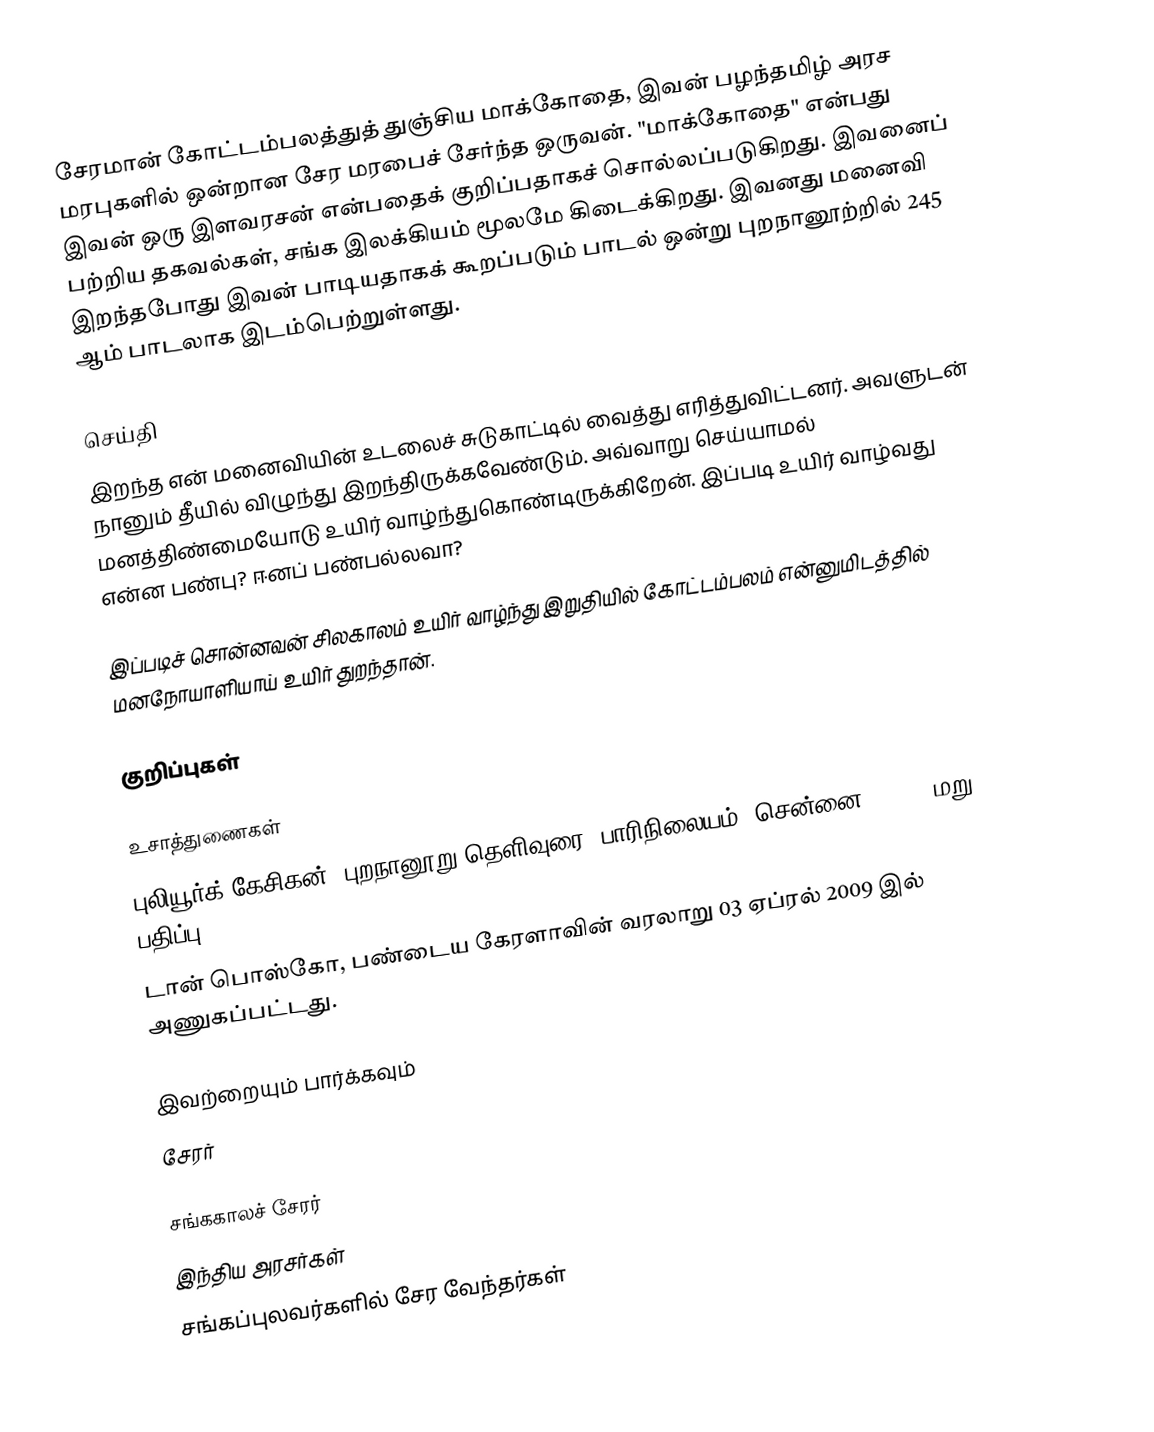
சேரமான் கோட்டம்பலத்துத் துஞ்சிய மாக்கோதை, இவன் பழந்தமிழ் அரச மரபுகளில் ஒன்றான சேர மரபைச் சேர்ந்த ஒருவன். "மாக்கோதை" என்பது இவன் ஒரு இளவரசன் என்பதைக் குறிப்பதாகச் சொல்லப்படுகிறது. இவனைப் பற்றிய தகவல்கள், சங்க இலக்கியம் மூலமே கிடைக்கிறது. இவனது மனைவி இறந்தபோது இவன் பாடியதாகக் கூறப்படும் பாடல் ஒன்று புறநானூற்றில் 245 ஆம் பாடலாக இடம்பெற்றுள்ளது.

செய்தி
இறந்த என் மனைவியின் உடலைச் சுடுகாட்டில் வைத்து எரித்துவிட்டனர். அவளுடன் நானும் தீயில் விழுந்து இறந்திருக்கவேண்டும். அவ்வாறு செய்யாமல் மனத்திண்மையோடு உயிர் வாழ்ந்துகொண்டிருக்கிறேன். இப்படி உயிர் வாழ்வது என்ன பண்பு? ஈனப் பண்பல்லவா?

இப்படிச் சொன்னவன் சிலகாலம் உயிர் வாழ்ந்து இறுதியில் கோட்டம்பலம் என்னுமிடத்தில் மனநோயாளியாய் உயிர் துறந்தான்.

குறிப்புகள்

உசாத்துணைகள்
 புலியூர்க் கேசிகன், புறநானூறு தெளிவுரை, பாரிநிலையம், சென்னை, 2004 (மறு பதிப்பு)
 டான் பொஸ்கோ, பண்டைய கேரளாவின் வரலாறு 03 ஏப்ரல் 2009 இல் அணுகப்பட்டது.

இவற்றையும் பார்க்கவும்
 சேரர்

சங்ககாலச் சேரர்
இந்திய அரசர்கள்
சங்கப்புலவர்களில் சேர வேந்தர்கள்